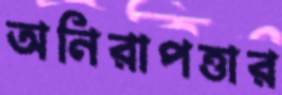
অনিরাপত্তার